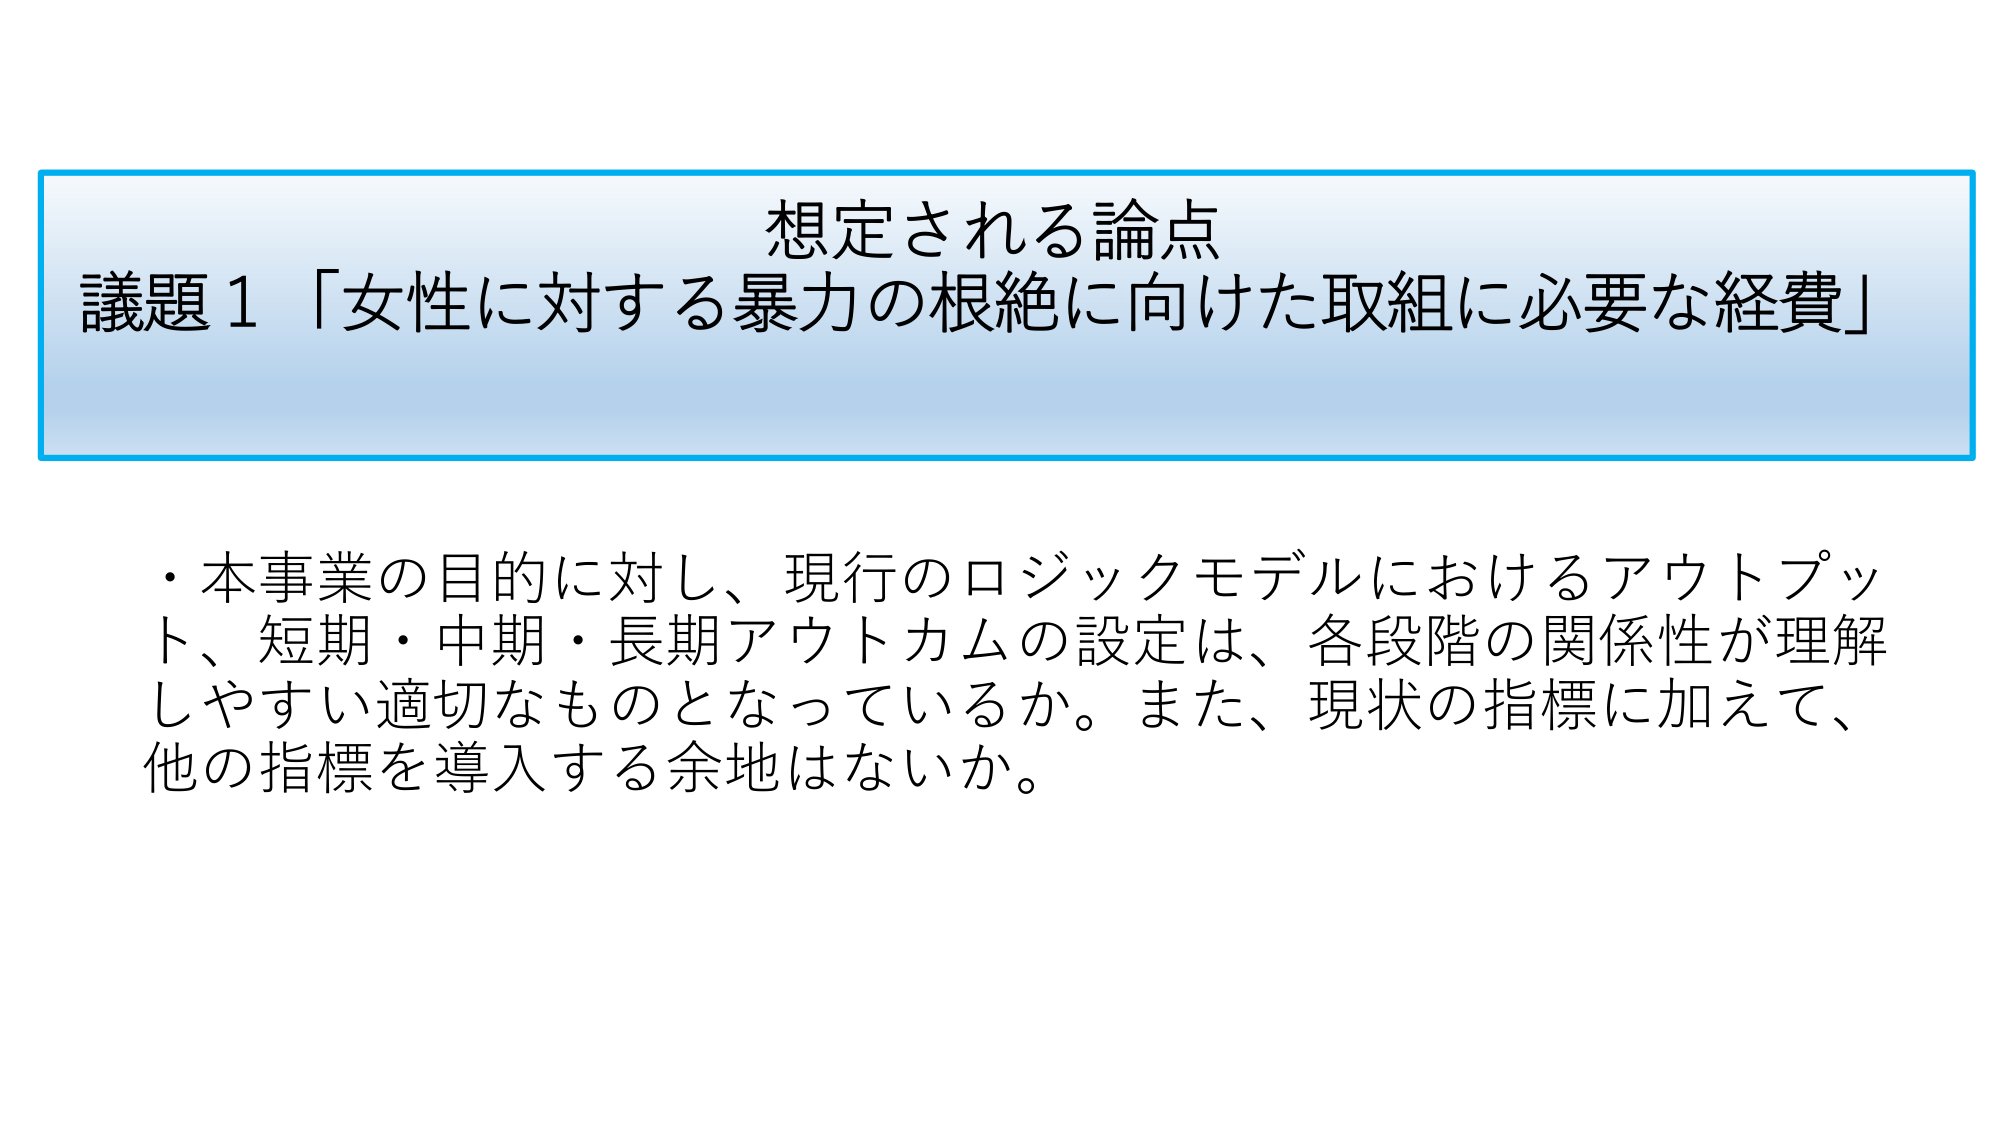
想定される論点
議題１「女性に対する暴力の根絶に向けた取組に必要な経費」

・本事業の目的に対し、現行のロジックモデルにおけるアウトプット、短期・中期・長期アウトカムの設定は、各段階の関係性が理解しやすい適切なものとなっているか。また、現状の指標に加えて、他の指標を導入する余地はないか。